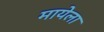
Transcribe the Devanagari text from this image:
मायेला